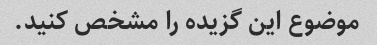
موضوع این گزیده را مشخص کنید.